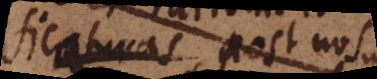
ficaturas post nos